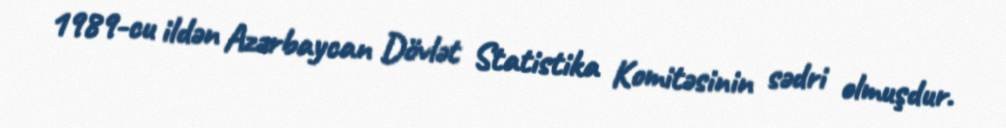
1989-cu ildən Azərbaycan Dövlət Statistika Komitəsinin sədri olmuşdur.